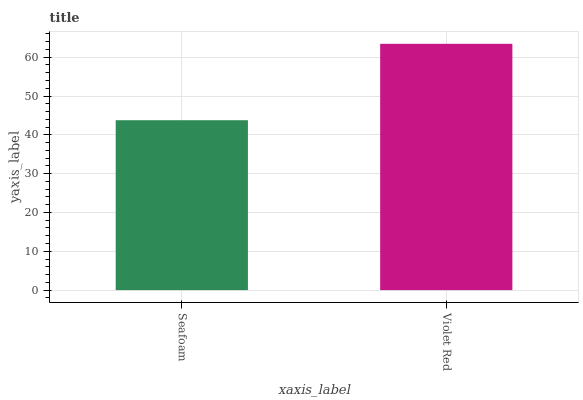
| xaxis_label | bars |
 | --- | --- |
 | Seafoam | 43.8 |
 | Violet Red | 63.5 |